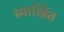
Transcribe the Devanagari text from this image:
व्याखित